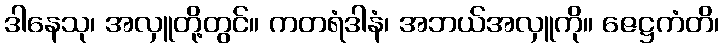
ဒါနေသု၊ အလှူတို့တွင်။ ကတရံဒါနံ၊ အဘယ်အလှူကို။ ဇေဋ္ဌကံတိ၊